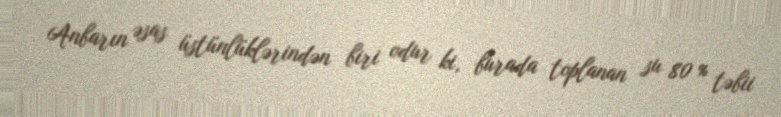
Anbarın əsas üstünlüklərindən biri odur ki, burada toplanan su 80 % təbii